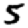
Digit: 5